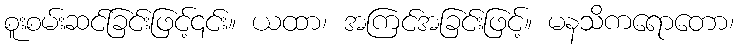
စူးစမ်းဆင်ခြင်းဖြင့်၎င်း။ ယထာ၊ အကြင်အခြင်းဖြင့်။ မနသိကရောတော၊